Medical and sanitary report on the native army of Bombay for the year
Year: 1877
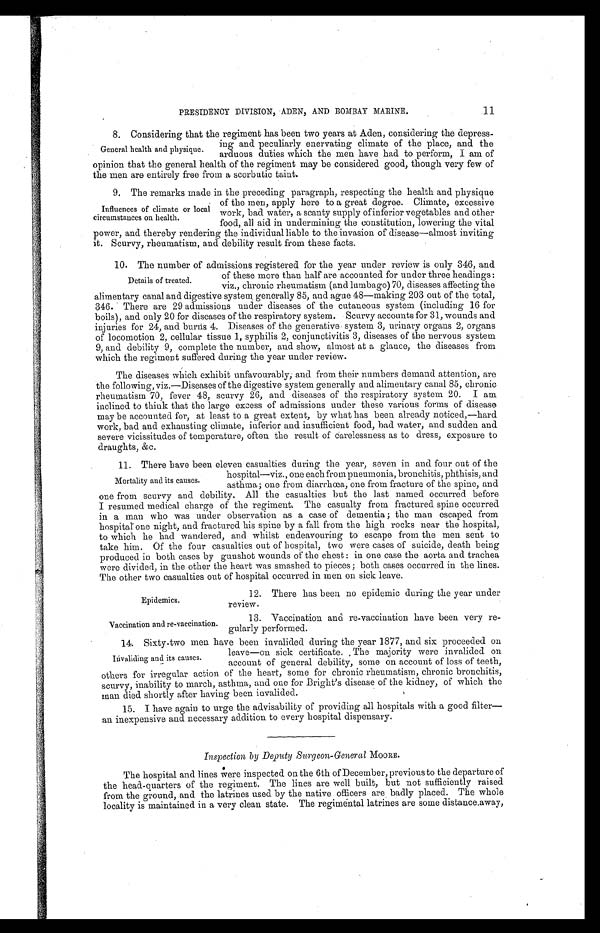
Epidemics.
Vaccination and re-vaccination.
11
PRESIDENCY DIVISION, ADEN, AND BOMBAY MARINE.
8. Considering that the regiment has been two years at Aden, considering the depress
-
ing and peculiarly enervating climate of the place, and the
arduous duties which the men have had to perform, I am of
opinion that the general health of the regiment may be considered good, though very few of
the men are entirely free from a scorbutic taint.
9. The remarks made in the preceding paragraph, respecting the health and physique
of the men, apply here to a great degree. Climate, excessive
work, bad water, a scanty supply of inferior vegetables and other
food, all aid in undermining the constitution, lowering the vital
power, and thereby rendering the individual liable to the invasion of disease—almost inviting
it. Scurvy, rheumatism, and debility result from these facts.
10. The number of admissions registered for the year under review is only 346, and
of these more than half are accounted for under three headings:
viz., chronic rheumatism (and lumbago) 70, diseases affecting the
alimentary canal and digestive system generally 85, and ague 48—making 203 out of the total,
346. There are 29 admissions under diseases of the cutaneous system (including 16 for
boils), and only 20 for diseases of the respiratory system. Scurvy accounts for 31, wounds and
injuries for 24, and burns 4. Diseases of the generative system 3, urinary organs 2, organs
of locomotion 2, cellular tissue 1, syphilis 2, conjunctivitis 3, diseases of the nervous system
9, and debility 9, complete the number, and show, almost at a glance, the diseases from
which the regiment suffered during the year under review.
The diseases which exhibit unfavourably, and from their numbers demand attention, are
the following, viz.—Diseases of the digestive system generally and alimentary canal 85, chronic
rheumatism 70, fever 48, scurvy 26, and diseases of the respiratory system 20. I am
inclined to think that the large excess of admissions under these various forms of disease
may be accounted for, at least to a great extent, by what has been already noticed,—hard
work, bad and exhausting climate, inferior and insufficient food, bad water, and sudden and
severe vicissitudes of temperature, often the result of carelessness as to dress, exposure to
draughts, &c.
11. There have been eleven casualties during the year, seven in and four out of the
hospital—viz., one each from pneumonia, bronchitis, phthisis, and
asthma; one from diarrhœa, one from fracture of the spine, and
one from scurvy and debility. All the casualties but the last named occurred before
I resumed medical charge of the regiment. The casualty from fractured spine occurred
in a man who was under observation as a case of dementia; the man escaped from
hospital one night, and fractured his spine by a fall from the high rocks near the hospital,
to which he had wandered, and whilst endeavouring to escape from the men sent to
take him. Of the four casualties out of hospital, two were cases of suicide, death being
produced in both cases by gunshot wounds of the chest: in one case the aorta and trachea
were divided, in the other the heart was smashed to pieces; both cases occurred in the lines.
The other two casualties out of hospital occurred in men on sick leave.
General health and physique.
Influences of climate or local
circumstances on health.
Details of treated.
Mortality and its causes.
12. There has been no epidemic during the year under
review.
13. Vaccination and re-vaccination have been very re
-gularly performed.
14. Sixty-two men have been invalided during the year 1877, and six proceeded on
leave—on sick certificate. The majority were invalided on
account of general debility, some on account of loss of teeth,
others for irregular action of the heart, some for chronic rheumatism, chronic bronchitis,
scurvy, inability to march, asthma, and one for Bright's disease of the kidney, of which the
man died shortly after having been invalided.
15. I have again to urge the advisability of providing all hospitals with a good filter—
an inexpensive and necessary addition to every hospital dispensary.
Inspection by Deputy Surgeon-General MOORE.
The hospital and lines were inspected on the 6th of December, previous to the departure of
the head-quarters of the regiment. The lines are well built, but not sufficiently raised
from the ground, and the latrines used by the native officers are badly placed. The whole
locality is maintained in a very clean state. The regimental latrines are some distance away,
Invaliding and its causes.